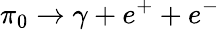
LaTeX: \pi_{0}\rightarrow\gamma+e^{+}+e^{-}